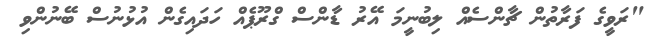
"ރަވީގެ ފަރާތުން ޗާންސެއް ލިބުނީމަ އޭރު ޑާންސް ގްރޫޕެއް ހަދައިގެން އުޅުނުސް ބޭނުންވި